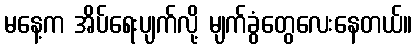
မနေ့က အိပ်ရေးပျက်လို့ မျက်ခွံတွေလေးနေတယ်။